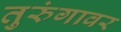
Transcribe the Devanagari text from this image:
तुरुंगावर